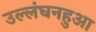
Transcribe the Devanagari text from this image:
उल्लंघनहुआ